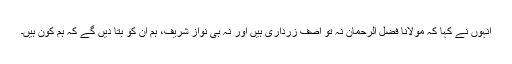
انہوں نے کہا کہ مولانا فضل الرحمان نہ تو آصف زرداری ہیں اور نہ ہی نواز شریف، ہم ان کو بتا دیں گے کہ ہم کون ہیں۔